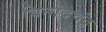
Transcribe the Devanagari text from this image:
विनोदचंद्र